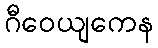
ဂီဝေယျကေန